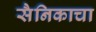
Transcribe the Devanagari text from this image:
सैनिकाचा